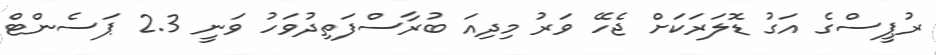
ރުޕީސްގެ އަގު ޑޮލަރަކަށް ޖެހޭ ވަރު މިދިއަ ބުރާސްފަތިދުވަހު ވަނީ 2.3 ޕަސެންޓް